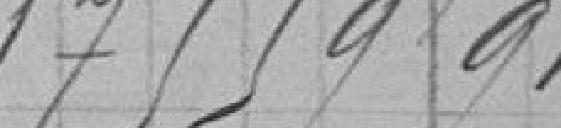
17 559,91